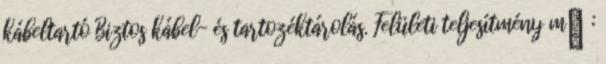
kábeltartó Biztos kábel- és tartozéktárolás. Felületi teljesítmény m² :